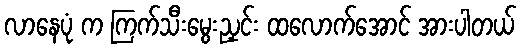
လာနေပုံ က ကြက်သီးမွေးညှင်း ထလောက်အောင် အားပါတယ်